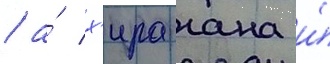
/ а́ х'ирагана и́